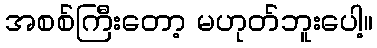
အစစ်ကြီးတော့ မဟုတ်ဘူးပေါ့။